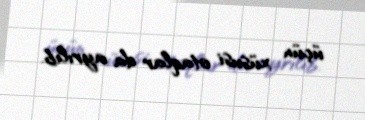
üçün xüsusi otaqlar da ayrılıb.